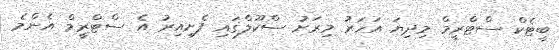
ބީޓެކް ސްޓްރީމް މިދިޔަ އަހަރު މިރަށު ސްކޫލްގައި ފެށިއިރު އެ ސްޓްރީމް އެންމެ